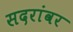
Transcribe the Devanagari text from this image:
सदरांवर